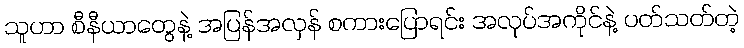
သူဟာ စီနီယာတွေနဲ့ အပြန်အလှန် စကားပြောရင်း အလုပ်အကိုင်နဲ့ ပတ်သတ်တဲ့